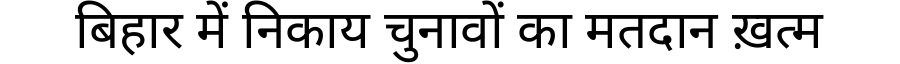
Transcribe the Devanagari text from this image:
बिहार में निकाय चुनावों का मतदान ख़त्म